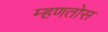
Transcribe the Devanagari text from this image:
म्हणतोस